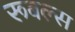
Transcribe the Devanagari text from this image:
रूबल्स